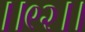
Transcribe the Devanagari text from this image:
।।९२।।